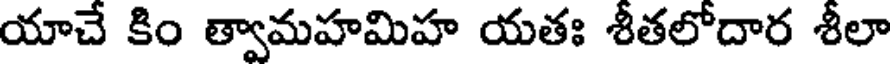
యాచే కిం త్వామహమిహ యతః శీతలోదార శీలా